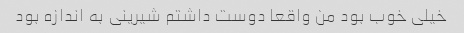
خیلی خوب بود من واقعا دوست داشتم شیرینی به اندازه بود